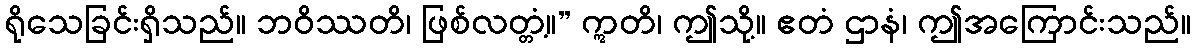
ရိုသေခြင်းရှိသည်။ ဘဝိဿတိ၊ ဖြစ်လတ္တံ့။” ဣတိ၊ ဤသို့။ ဧတံ ဌာနံ၊ ဤအကြောင်းသည်။